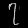
Digit: ၇